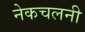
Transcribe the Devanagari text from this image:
नेकचलनी